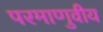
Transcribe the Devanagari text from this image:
परमाणुवीय